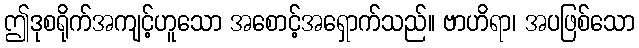
ဤဒုစရိုက်အကျင့်ဟူသော အစောင့်အရှောက်သည်။ ဗာဟိရာ၊ အပဖြစ်သော